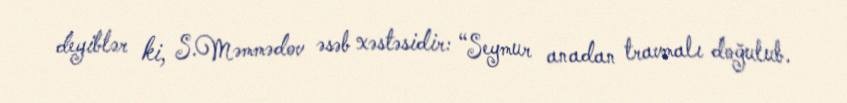
deyiblər ki, S.Məmmədov əsəb xəstəsidir: “Seymur anadan travmalı doğulub.